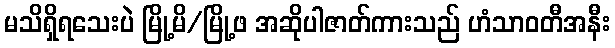
မသိရှိရသေးပဲ မြို့မိ/မြို့ဖ အဆိုပါဇာတ်ကားသည် ဟံသာဝတီအနီး